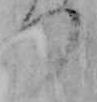
つ